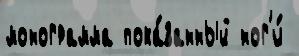
монограмма пока́занный ног'и́